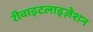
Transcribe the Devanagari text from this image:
रीवाइटलाइज़ेशन